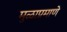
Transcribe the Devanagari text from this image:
मुळाप्रमाणे